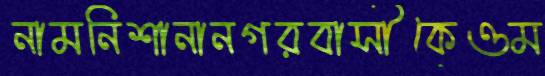
নামনিশানানগরবাসীকেওম